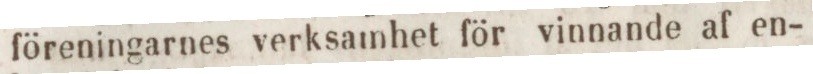
föreningarnes verksamhet för vinnande af en-